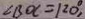
\angle B O C = 1 2 0 ^ { \circ } ,